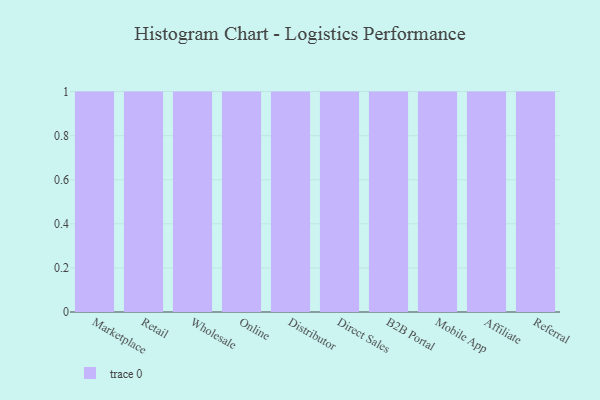
{"axis": {"x": "Channel", "y": "Page Views"}, "legend": [""], "data": [{"x": "Marketplace", "y": 97, "type": ""}, {"x": "Retail", "y": 12, "type": ""}, {"x": "Wholesale", "y": 38, "type": ""}, {"x": "Online", "y": 95, "type": ""}, {"x": "Distributor", "y": 72, "type": ""}, {"x": "Direct Sales", "y": 90, "type": ""}, {"x": "B2B Portal", "y": 35, "type": ""}, {"x": "Mobile App", "y": 12, "type": ""}, {"x": "Affiliate", "y": 3, "type": ""}, {"x": "Referral", "y": 17, "type": ""}]}